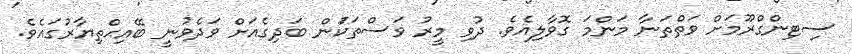
ސިޓިންގްރޫމަށް ވަތްތަނާ މަންމަ ގޮވާލިއެވެ. ދުވި މީރު ވަސްތަކަުން ބަދިގެއަށް ވަދެވުނީ ބޭއިޙްތިޔާރުގައެވެ.